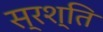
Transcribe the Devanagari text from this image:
स्रश्ति